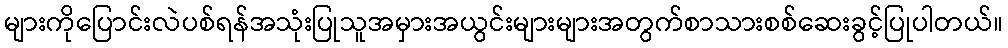
များကိုပြောင်းလဲပစ်ရန်အသုံးပြုသူအမှားအယွင်းများများအတွက်စာသားစစ်ဆေးခွင့်ပြုပါတယ်။